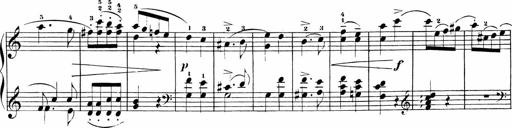
Title: Sonatinen Op.47, 98 und 136, nebst 6 Liedersonatinen
Composer: Carl Reinecke